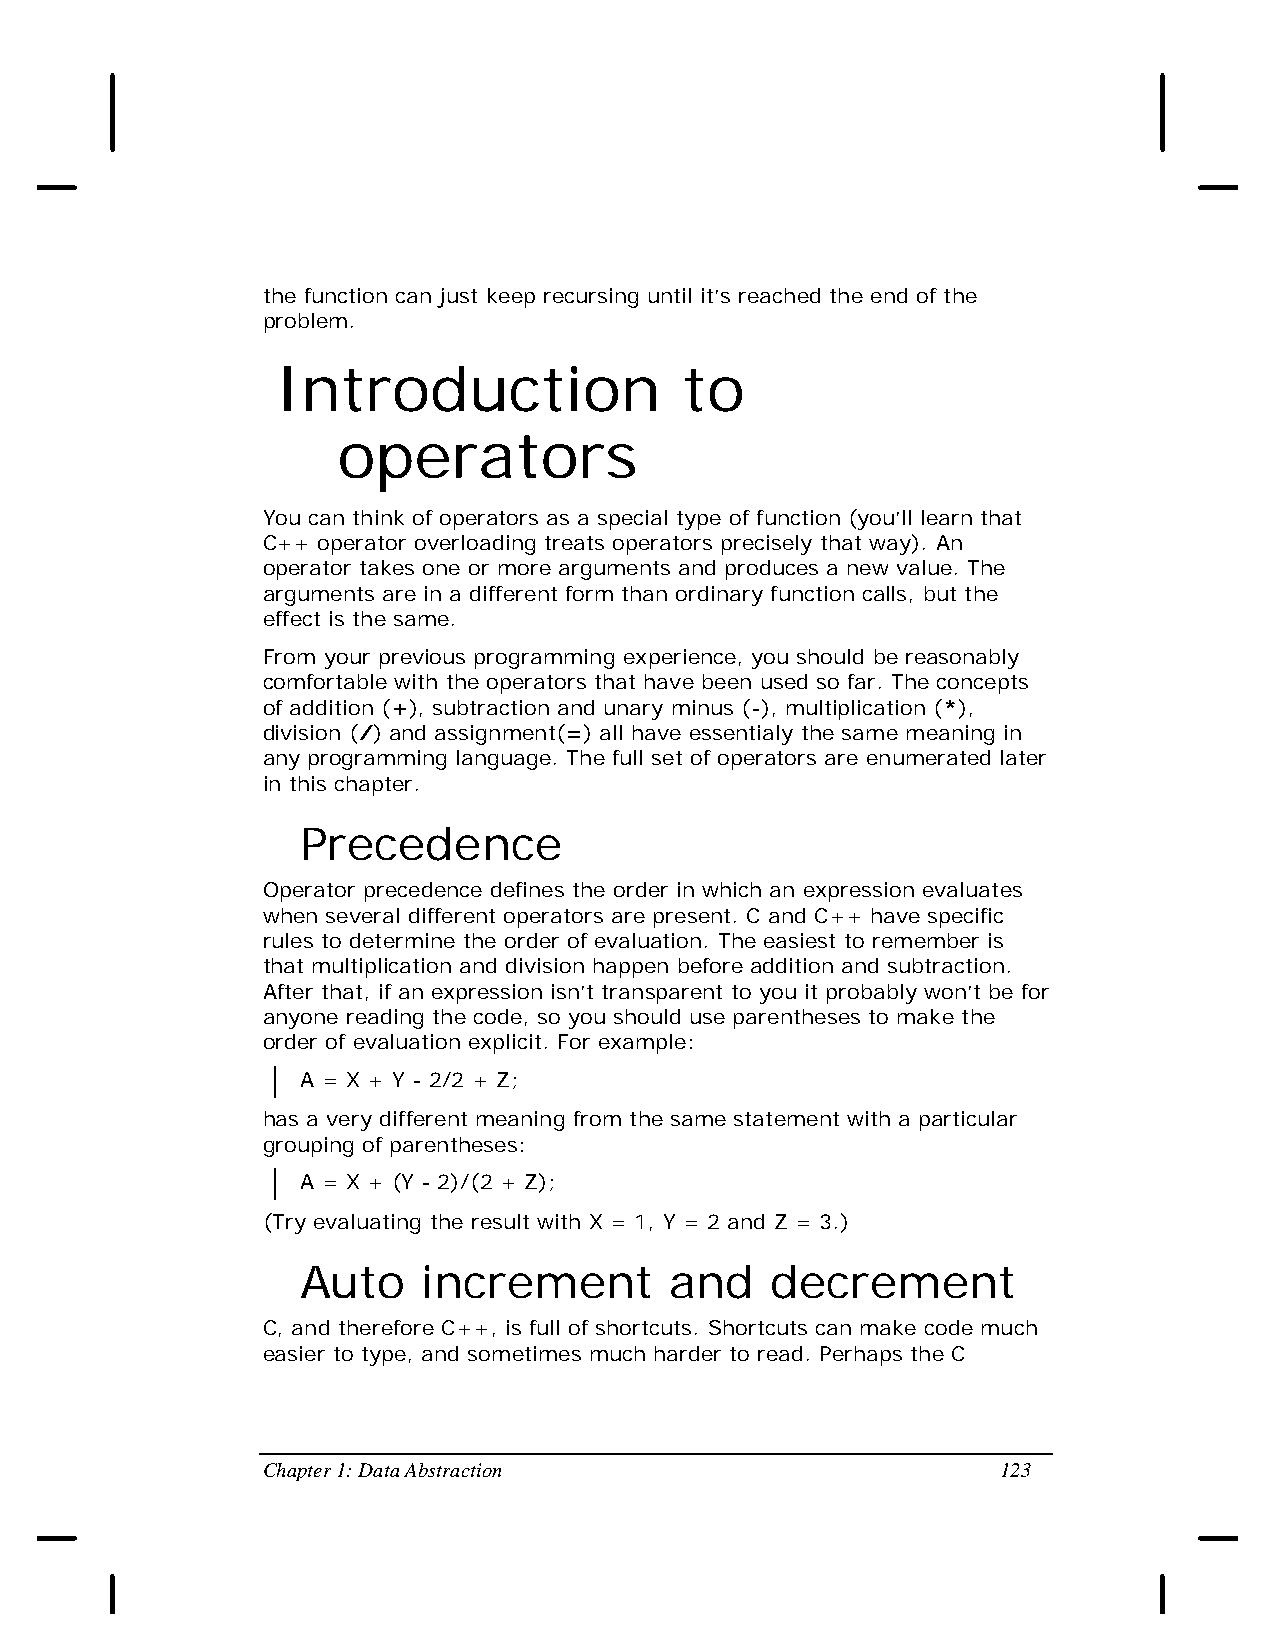
the function can just keep recursing until it’s reached the end of the
 problem.
 Introduction               to
 operators
 You can think of operators as a special type of function (you’ll learn that
 C++ operator overloading treats operators precisely that way). An
 operator takes one or more arguments and produces a new value. The
 arguments are in a different form than ordinary function calls, but the
 effect is the same.
 From your previous programming experience, you should be reasonably
 comfortable with the operators that have been used so far. The concepts
 of addition (+), subtraction and unary minus (-), multiplication (*),
 division (/) and assignment(=) all have essentialy the same meaning in
 any programming language. The full set of operators are enumerated later
 in this chapter.
 Precedence
 Operator precedence defines the order in which an expression evaluates
 when several different operators are present. C and C++ have specific
 rules to determine the order of evaluation. The easiest to remember is
 that multiplication and division happen before addition and subtraction.
 After that, if an expression isn’t transparent to you it probably won’t be for
 anyone reading the code, so you should use parentheses to make the
 order of evaluation explicit. For example:
 A = X + Y - 2/2 + Z;
 has a very different meaning from the same statement with a particular
 grouping of parentheses:
 A = X + (Y - 2)/(2 + Z);
 (Try evaluating the result with X = 1, Y = 2 and Z = 3.)
 Auto    increment       and    decrement
 C, and therefore C++, is full of shortcuts. Shortcuts can make code much
 easier to type, and sometimes much harder to read. Perhaps the C
 Chapter 1: Data Abstraction                      123